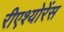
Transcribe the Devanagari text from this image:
रीएश्योरेंस